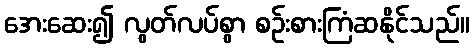
အေးဆေး၍ လွတ်လပ်စွာ စဉ်းစားကြံဆနိုင်သည်။